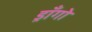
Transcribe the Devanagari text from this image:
ड्राँगो